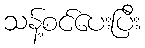
သန့်စင်ပေးပြီး